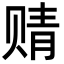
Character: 䞍